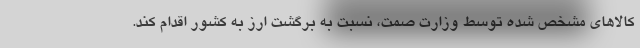
کالاهای مشخص شده توسط وزارت صمت، نسبت به برگشت ارز به کشور اقدام کند.